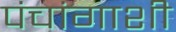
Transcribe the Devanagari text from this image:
पंचांगाशी